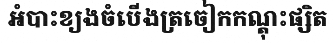
អំបាះខ្យងចំបើងត្រចៀកកណ្តុះផ្សិត